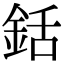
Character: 銽